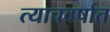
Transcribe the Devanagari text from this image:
त्याचवर्षात